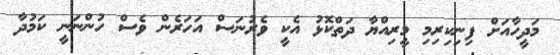
މަދީހާއަށް ފިނިކިރިމި މީރިއްޔާ ދަތްކޮޅު އެކީ ވެރުނަސް އަހަރެން ވެސް ހުންނަނީ ކަމުދާ